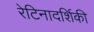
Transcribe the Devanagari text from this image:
रेटिनादर्शिकी